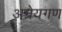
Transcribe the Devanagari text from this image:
अग्रेयगण